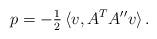
LaTeX: \begin{align*} p=-\tfrac{1}{2}\,\langle v,A^TA''v\rangle\,.\end{align*}